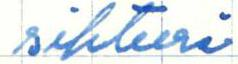
sihteeri